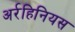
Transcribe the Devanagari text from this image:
अर्रहिनियस